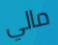
مالي